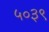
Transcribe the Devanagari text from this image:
५०३९